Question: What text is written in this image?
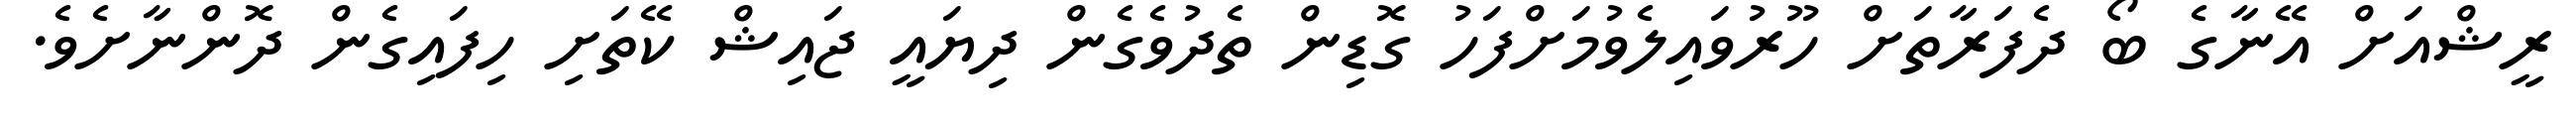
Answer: ރީޝްއަށް އޭނާގެ ބޯ ދެފަރާތަށް ހޫރުވައިލެވުމަށްފަހު ގޮޑިން ތެދުވެގެން ދިޔައީ ޖައިޝް ކޭތަށި ހިފައިގެން ދޮންނާށެވެ.